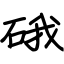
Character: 硪